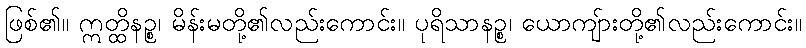
ဖြစ်၏။ ဣတ္ထိနဉ္စ၊ မိန်းမတို့၏လည်းကောင်း။ ပုရိသာနဉ္စ၊ ယောကျ်ားတို့၏လည်းကောင်း။